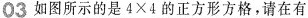
03 如图所示的是$$4 \times 4$$的正方形方格，请在有